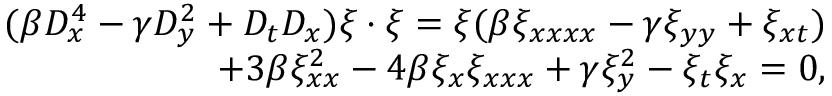
\begin{array} { r l r } & { } & { ( \beta D _ { x } ^ { 4 } - \gamma D _ { y } ^ { 2 } + D _ { t } D _ { x } ) \xi \cdot \xi = \xi ( \beta \xi _ { x x x x } - \gamma \xi _ { y y } + \xi _ { x t } ) } \\ & { } & { + 3 \beta \xi _ { x x } ^ { 2 } - 4 \beta \xi _ { x } \xi _ { x x x } + \gamma \xi _ { y } ^ { 2 } - \xi _ { t } \xi _ { x } = 0 , } \end{array}